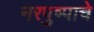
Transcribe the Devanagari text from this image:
नरपुष्पाचे